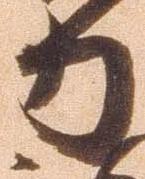
力